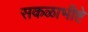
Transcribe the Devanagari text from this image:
सकळाभीष्टे